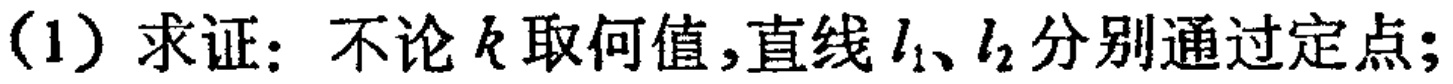
(1) 求证：不论\(k\)取何值，直线\(l_{1}、l_{2}\)分别通过定点；